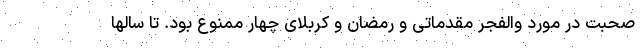
صحبت در مورد والفجر مقدماتی و رمضان و کربلای چهار ممنوع بود. تا سالها